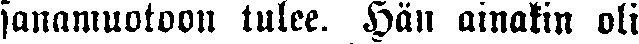
sanamuotoon tulee. Hän ainakin oli